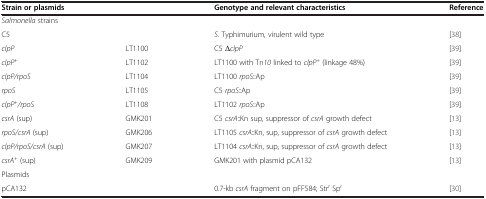
<table><thead><tr><td colspan="2"><b>Strain or plasmids</b></td><td><b>Genotype and relevant characteristics</b></td><td><b>Reference</b></td></tr></thead><tbody><tr><td colspan="4"><i>Salmonella</i> strains</td></tr><tr><td>C5</td><td>[EMPTY_CELL]</td><td><i>S.</i> Typhimurium<i>,</i> virulent wild type</td><td>[38]</td></tr><tr><td><i>clpP</i></td><td>LT1100</td><td>C5 Δ<i>clpP</i></td><td>[39]</td></tr><tr><td><i>clpP</i><sup><i>+</i></sup></td><td>LT1102</td><td>LT1100 with Tn<i>10</i> linked to <i>clpP</i><sup>+</sup> (linkage 48%)</td><td>[39]</td></tr><tr><td><i>clpP/rpoS</i></td><td>LT1104</td><td>LT1100 <i>rpoS</i>::Ap</td><td>[39]</td></tr><tr><td><i>rpoS</i></td><td>LT1105</td><td>C5 <i>rpoS</i>::Ap</td><td>[39]</td></tr><tr><td><i>clpP</i><sup><i>+</i></sup><i>/rpoS</i></td><td>LT1108</td><td>LT1102 <i>rpoS</i>::Ap</td><td>[39]</td></tr><tr><td><i>csrA</i> (sup)</td><td>GMK201</td><td>C5 <i>csrA</i>::Kn sup, suppressor of <i>csrA</i> growth defect</td><td>[13]</td></tr><tr><td><i>rpoS/csrA</i> (sup)</td><td>GMK206</td><td>LT1105 <i>csrA</i>::Kn, sup, suppressor of <i>csrA</i> growth defect</td><td>[13]</td></tr><tr><td><i>clpP/rpoS/csrA</i> (sup)</td><td>GMK207</td><td>LT1104 <i>csrA</i>::Kn, sup, suppressor of <i>csrA</i> growth defect</td><td>[13]</td></tr><tr><td><i>csrA</i><sup>+</sup> (sup)</td><td>GMK209</td><td>GMK201 with plasmid pCA132</td><td>[13]</td></tr><tr><td colspan="4">Plasmids</td></tr><tr><td colspan="2">pCA132</td><td>0.7-kb <i>csrA</i> fragment on pFF584; Str<sup>r</sup> Sp<sup>r</sup></td><td>[30]</td></tr></tbody></table>